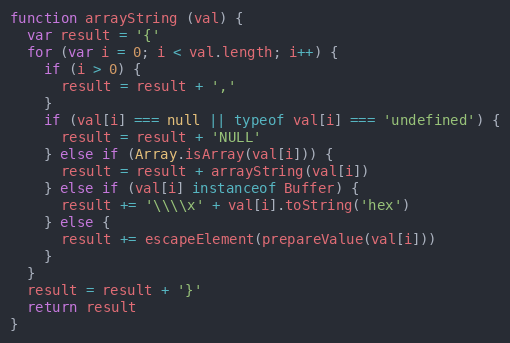
Language: JavaScript
function arrayString (val) {
  var result = '{'
  for (var i = 0; i < val.length; i++) {
    if (i > 0) {
      result = result + ','
    }
    if (val[i] === null || typeof val[i] === 'undefined') {
      result = result + 'NULL'
    } else if (Array.isArray(val[i])) {
      result = result + arrayString(val[i])
    } else if (val[i] instanceof Buffer) {
      result += '\\\\x' + val[i].toString('hex')
    } else {
      result += escapeElement(prepareValue(val[i]))
    }
  }
  result = result + '}'
  return result
}